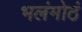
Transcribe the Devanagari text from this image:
भलंमोठं